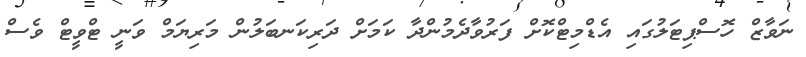
ނަވާޒް ހޮސްޕިޓަލުގައި އެޑްމިޓްކޮށް ފަރުވާދެމުންދާ ކަމަށް ދަރިކަނބަލުން މަރިޔަމް ވަނީ ޓްވީޓް ވެސް